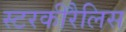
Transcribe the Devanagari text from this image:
स्टरकीरैलिस